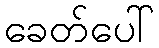
ခေတ်ပေါ်